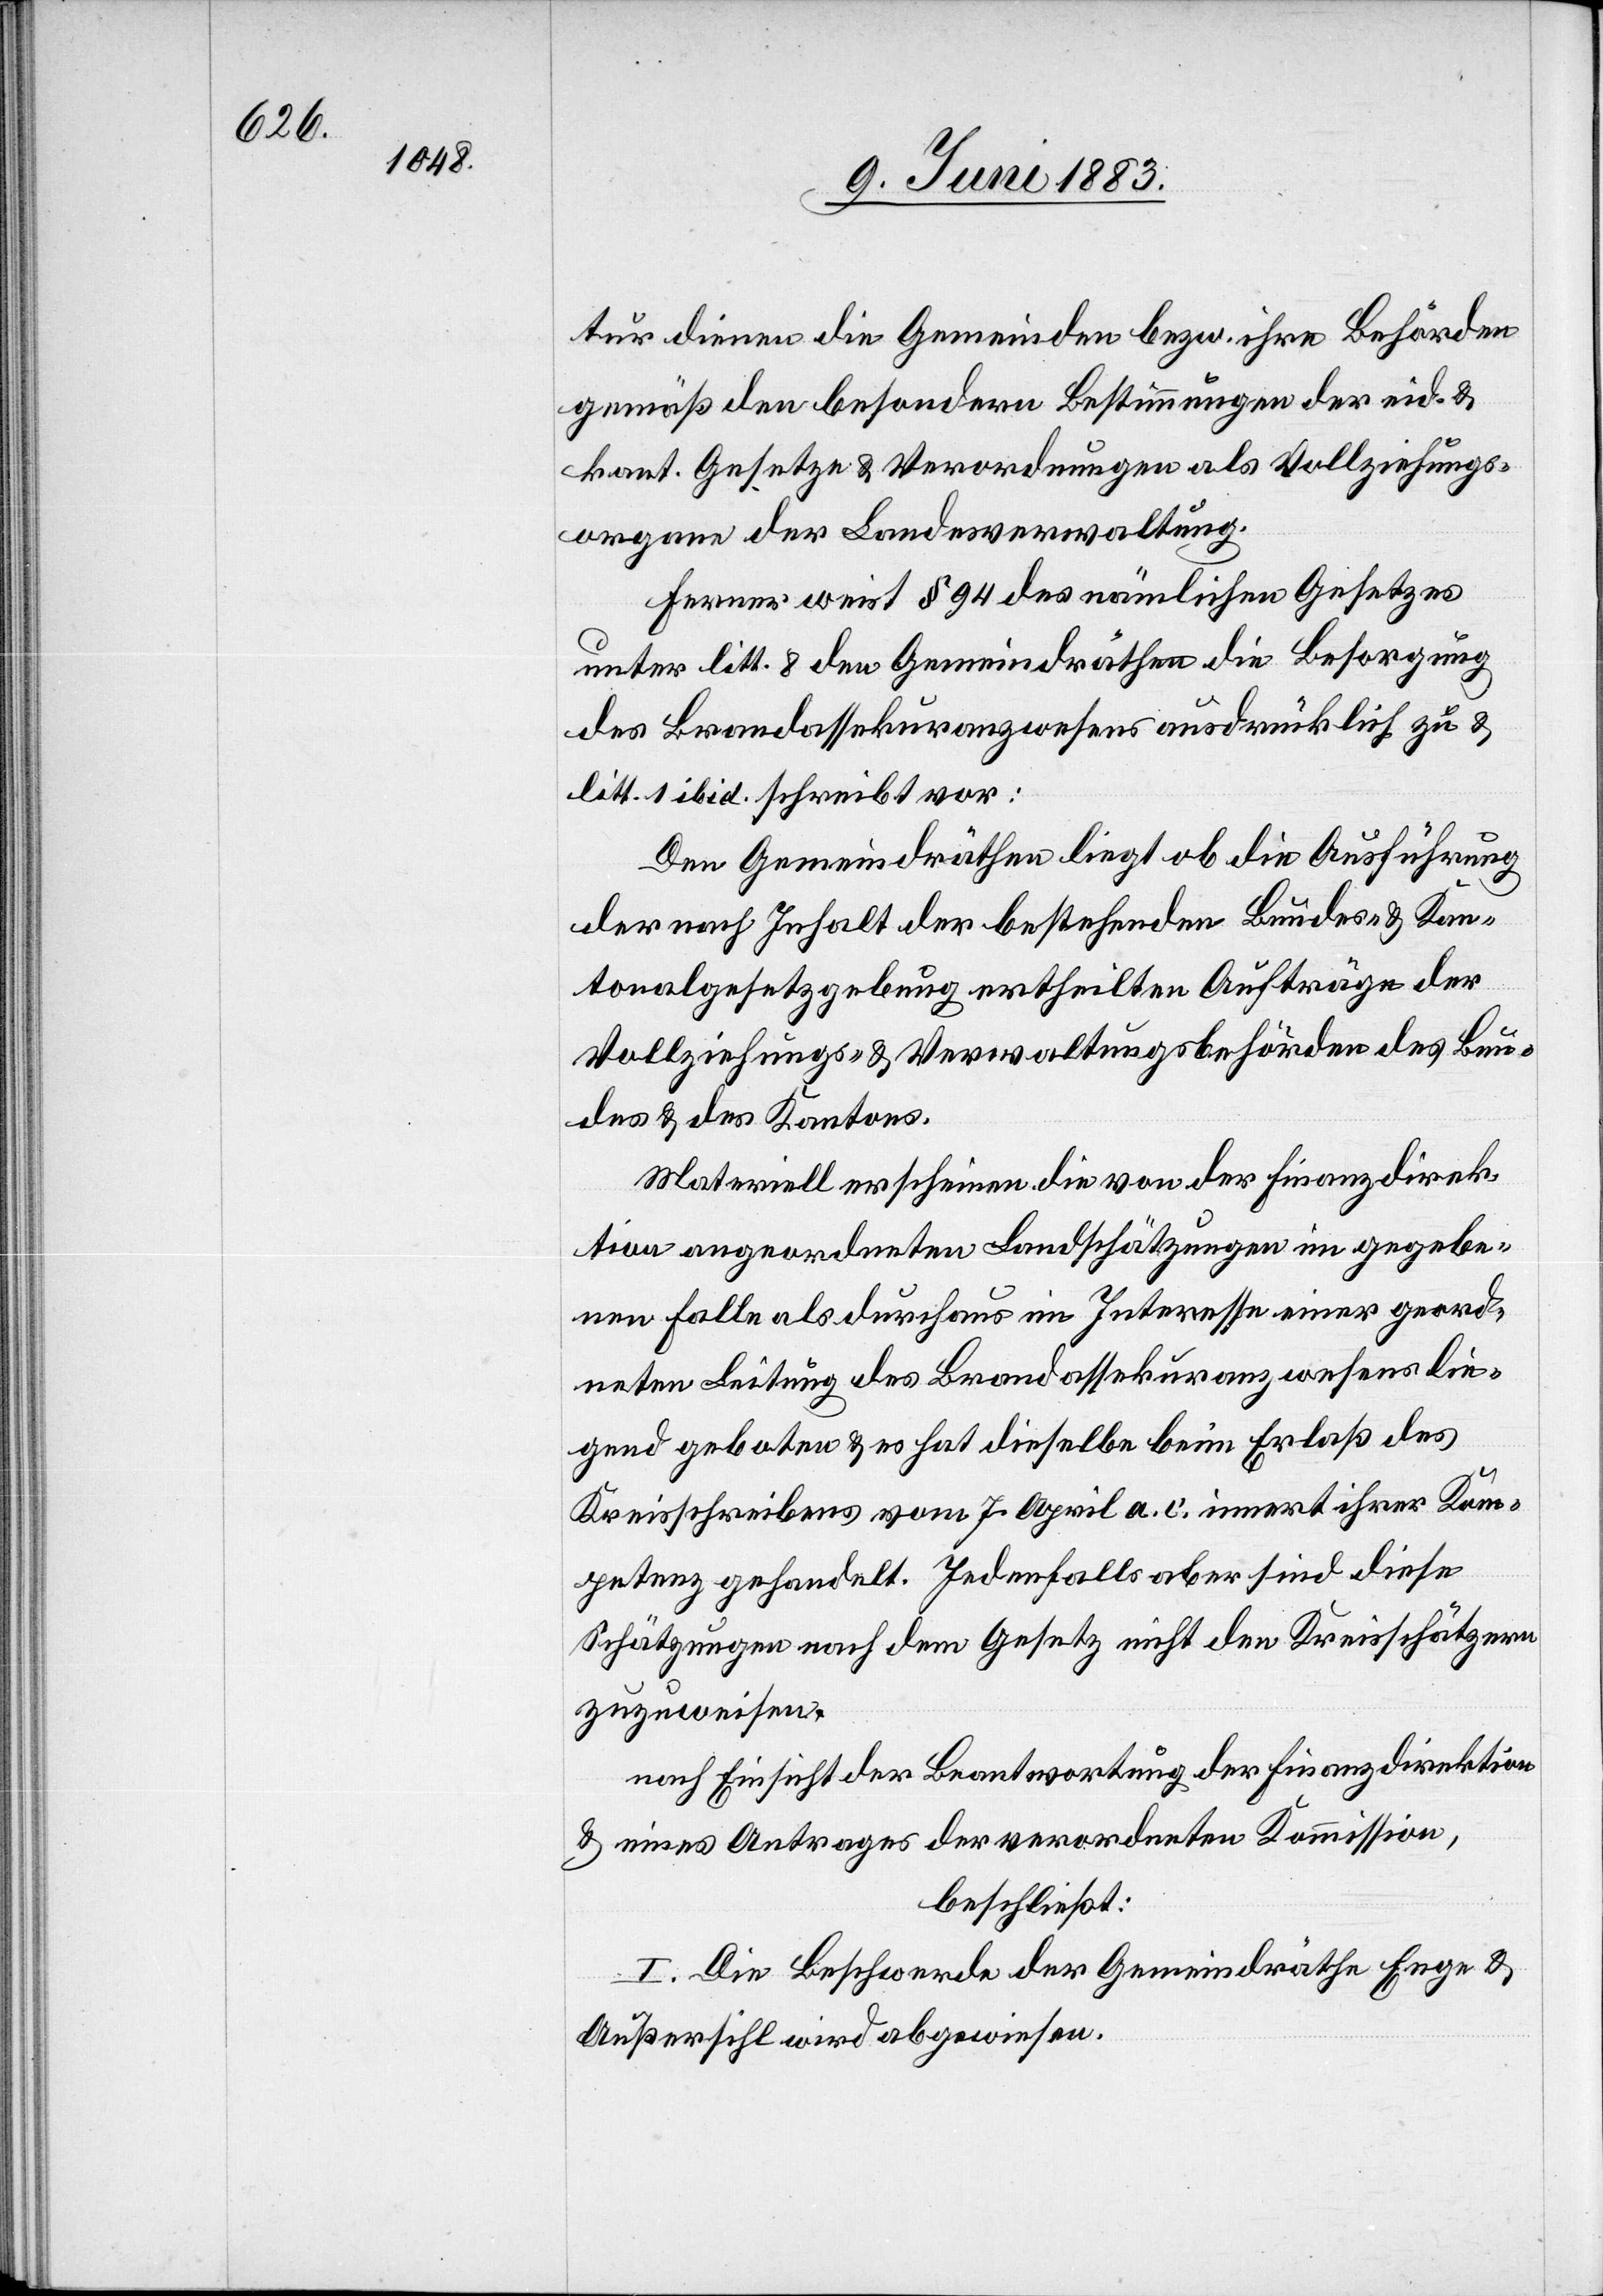
tur dienen die Gemeinden bezw. ihre Behörden
gemäß den besondern Bestimmungen der eid. &
kant. Gesetze & Verordnungen als Vollziehungs¬
organe der Landesverwaltung.
Ferner weist § 94 des nämlichen Gesetzes
unter litt. 8 den Gemeindräthen die Besorgung
des Brandassekuranzwesens ausdrücklich zu &
litt. 1 ibid. schreibt vor:
Den Gemeindräthen liegt ob die Ausführung
der nach Inhalt der bestehenden Bundes- & Kan¬
tonalgesetzgebung ertheilten Aufträge der
Vollziehungs- & Verwaltungsbehörden des Bun¬
des & des Kantons.
Materiell erscheinen die von der Finanzdirek¬
tion angeordneten Landschätzungen im gegebe¬
nen Falle als durchaus im Interesse einer geord¬
neten Leitung des Brandassekuranzwesens lie¬
gend geboten & es hat dieselbe beim Erlaß des
Kreisschreibens vom 7. a. c. innert ihrer Kom¬
petenz gehandelt. Jedenfalls aber sind diese
Schätzungen nach dem Gesetz nicht den Kreisschätzern
zuzuweisen.
nach Einsicht der Beantwortung der Finanzdirektion
& eines Antrages der verordneten Kommission,
beschließt:
I. Die Beschwerde der Gemeindräthe Enge &
Außersihl wird abgewiesen.